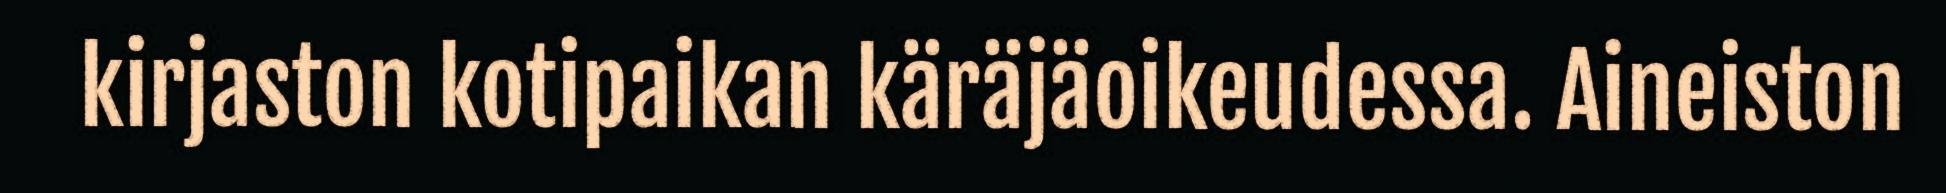
kirjaston kotipaikan käräjäoikeudessa. Aineiston